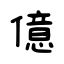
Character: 億